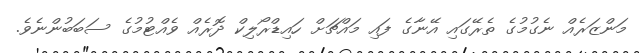
މަންޒަރެއް ނެގުމުގެ ތެރޭގައި އޭނާގެ ފައި މައްޗަށް ހައިޑްރޯލިކް ދޮރެއް ވެއްޓުމުގެ ސަބަބުންނެވެ.